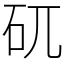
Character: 矹